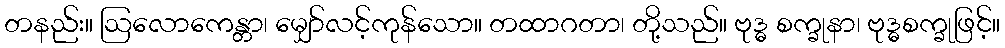
တနည်း။ ဩလောကေန္တာ၊ မျှော်လင့်ကုန်သော။ တထာဂတာ၊ တို့သည်။ ဗုဒ္ဓ စက္ခုနာ၊ ဗုဒ္ဓစက္ခုဖြင့်။